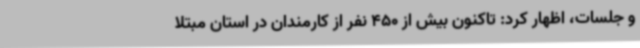
و جلسات، اظهار کرد: تاکنون بیش از 450 نفر از کارمندان در استان مبتلا